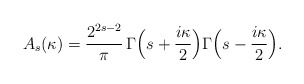
\begin{align*}A_s(\kappa)=\frac{2^{2s-2}}{\pi}\,\Gamma\Bigl(s+\frac{i\kappa}{2}\Bigr)\Gamma\Bigl(s-\frac{i\kappa}{2}\Bigr).\end{align*}